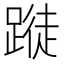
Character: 𨃝